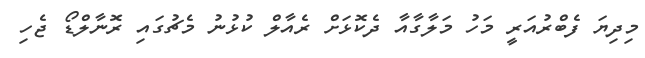
މިދިޔަ ފެބްރުއަރީ މަހު މަލާގާއާ ދެކޮޅަށް ރެއާލް ކުޅުނު މެޗުގައި ރޮނާލްޑޯ ޖެހި